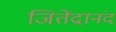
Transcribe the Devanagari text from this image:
जितेंद्रानंद